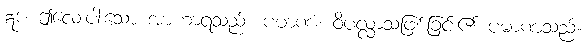
ဣဒံ၊ ဤလေးပါးသော အာဟာရသည်။ ပမာဏံ၊ ဝိပလ္လာသဖြစ်ခြင်း၏ ပမာဏသည်။